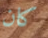
كان